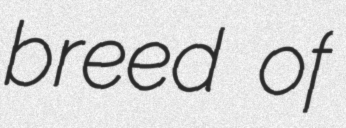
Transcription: breed of